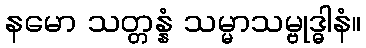
နမော သတ္တန္နံ သမ္မာသမ္ဗုဒ္ဓါနံ။